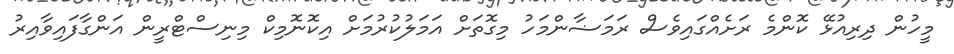
މީހުން ދިރިއުޅޭ ކޮންމެ ރަށެއްގައިވެސް ރަމަޟާންމަހު މިގޮތަށް އަމަލުކުރުމަށް އިކޮނޮމިކް މިނިސްޓްރީން އަންގާފައިވާއިރު